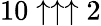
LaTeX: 10\uparrow\uparrow\uparrow 2